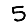
Digit: 5